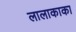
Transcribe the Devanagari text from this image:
लालाकाका